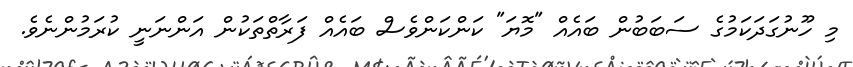
މި ހޫނުގަދަކަމުގެ ސަބަބުން ބައެއް "މޮޔަ" ކަންކަންވެސް ބައެއް ފަރާތްތަކުން އަންނަނީ ކުރަމުންނެވެ.